Annual administration report of the Civil Veterinary Department of India - 1899-1900
Year: 1899
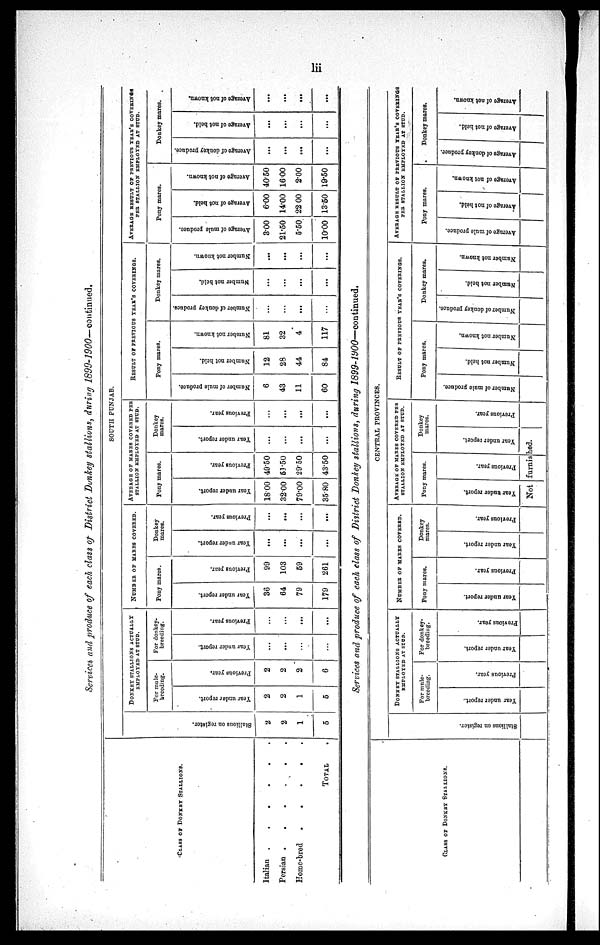
lii
Services and produce of each class of District Donkey stallions, during 1899-1900—continued.
CLASS OF DONKEY STALLIONS.
Italian .
.
.
.
.
.
Persian .
.
.
.
.
.
Home-bred
.
.
.
.
.
TOTAL .
SOUTH PUNJAB.
St al l
i
ons on register.
2
2
1
5
DONKEY STALLIONS ACTUALLY
EMPLOYED AT STUD.
For mule-
breeding.
Year under report.
2
2
1
5
Previous year.
2
2
2
6
For don key-
breeding.
Year under report.
...
...
...
...
Previous year.
...
...
...
...
NUMBER OF MARES COVERED.
Pony mares.
Year under report.
36
64
79
179
Previous year.
99
103
59
261
Donkey
mares.
Year under report.
...
...
...
...
Previous year.
...
...
...
...
AVERAGE OF MARES COVERED PER
STALLION EMPLOYED AT STUD.
Pony mares.
Year under report.
18.00
32.00
79.00
35.80
Previous year.
49.50
63.50
29.50
43.50
Donkey
mares.
Year under report.
...
...
...
...
Previous year.
...
...
...
...
RESULT OF PREVIOUS YEAR'S COVERINGS.
Pony mares.
Number of mule produce
6
43
11
60
Number not held.
12
28
44
84
Number not known.
81
32
4
117
Donkey mares.
Number of donkey produce
...
...
...
...
Number not held.
...
...
...
...
Number not known.
...
...
...
...
AVERAGE RESULT OF PREVIOUS YEAR'S COVERINGS
PER STALLION EMPLOYED AT STUD.
Pony mares.
Average of mule produce.
3.00
21.50
5.50
10.00
Average of not held.
6.00
14.00
22 00
13.50
Average of not known.
40.50
16.00
2.00
19.50
Donkey mares.
Average of donkey produce.
...
...
...
...
Average of not hold.
...
...
...
...
Average
of not known.
...
...
...
...
Services and produce of each class of District Donkey stallions, during 1899-1900—continued.
CLASS OF DONKEY STALLIONS.
CENTRAL PROVINCES.
St al l
i
ons on register.
DONKEY STALLIONS ACTUALLY
EMPLOYED AT STUD.
For mule-
breeding.
Year under report.
Previous year.
For donkey-
breeding.
Year under report.
Previous year.
NUMBER OF MARES COVERED.
Pony mares.
Year under report.
Previous year.
Donkey
mares.
Year
under report.
Previous year.
AVERAGE OF MARES COVERED PER
STALLION EMPLOYED AT STUD.
Pony mares.
Year under report.
Previous year.
Donkey
mares.
Year under report.
Not furnished.
Previous year.
RESULT OF PREVIOUS YEAR'S COVERINGS.
Pony mares.
Number of mule produce.
Number not held.
Number not known.
Donkey mares.
Number of donkey produce.
Number
not held.
Number not known.
AVERAGE RESULT OF PREVIOUS YEAR'S COVERINGS
PER STALLION EMPLOYED AT STUD.
Pony mares.
Average
of mule produce.
Average of not held.
Average
of not known.
Donkey mores.
Average
of donkey produce.
Average of not held.
Average of not known.